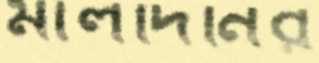
মালদিনির